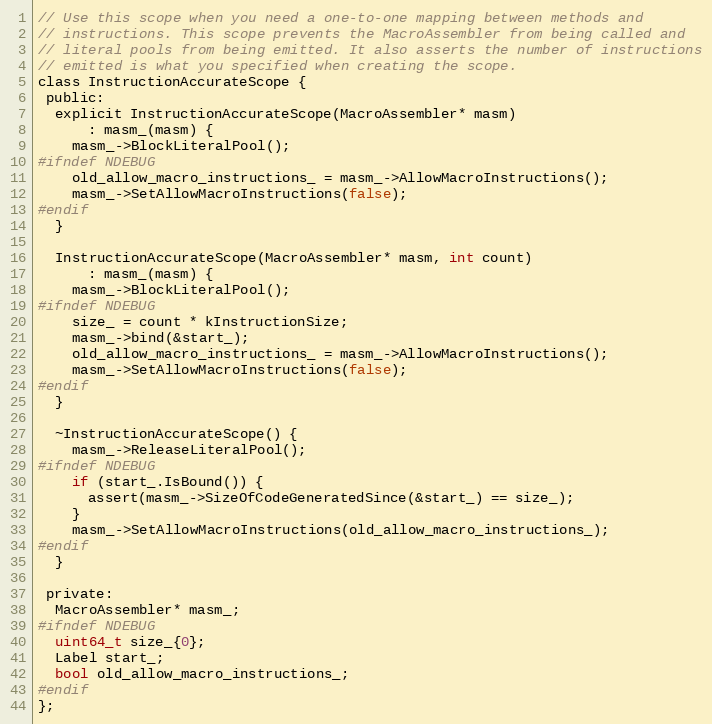
Language: C
// Use this scope when you need a one-to-one mapping between methods and
// instructions. This scope prevents the MacroAssembler from being called and
// literal pools from being emitted. It also asserts the number of instructions
// emitted is what you specified when creating the scope.
class InstructionAccurateScope {
 public:
  explicit InstructionAccurateScope(MacroAssembler* masm)
      : masm_(masm) {
    masm_->BlockLiteralPool();
#ifndef NDEBUG
    old_allow_macro_instructions_ = masm_->AllowMacroInstructions();
    masm_->SetAllowMacroInstructions(false);
#endif
  }

  InstructionAccurateScope(MacroAssembler* masm, int count)
      : masm_(masm) {
    masm_->BlockLiteralPool();
#ifndef NDEBUG
    size_ = count * kInstructionSize;
    masm_->bind(&start_);
    old_allow_macro_instructions_ = masm_->AllowMacroInstructions();
    masm_->SetAllowMacroInstructions(false);
#endif
  }

  ~InstructionAccurateScope() {
    masm_->ReleaseLiteralPool();
#ifndef NDEBUG
    if (start_.IsBound()) {
      assert(masm_->SizeOfCodeGeneratedSince(&start_) == size_);
    }
    masm_->SetAllowMacroInstructions(old_allow_macro_instructions_);
#endif
  }

 private:
  MacroAssembler* masm_;
#ifndef NDEBUG
  uint64_t size_{0};
  Label start_;
  bool old_allow_macro_instructions_;
#endif
};